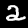
Digit: 2